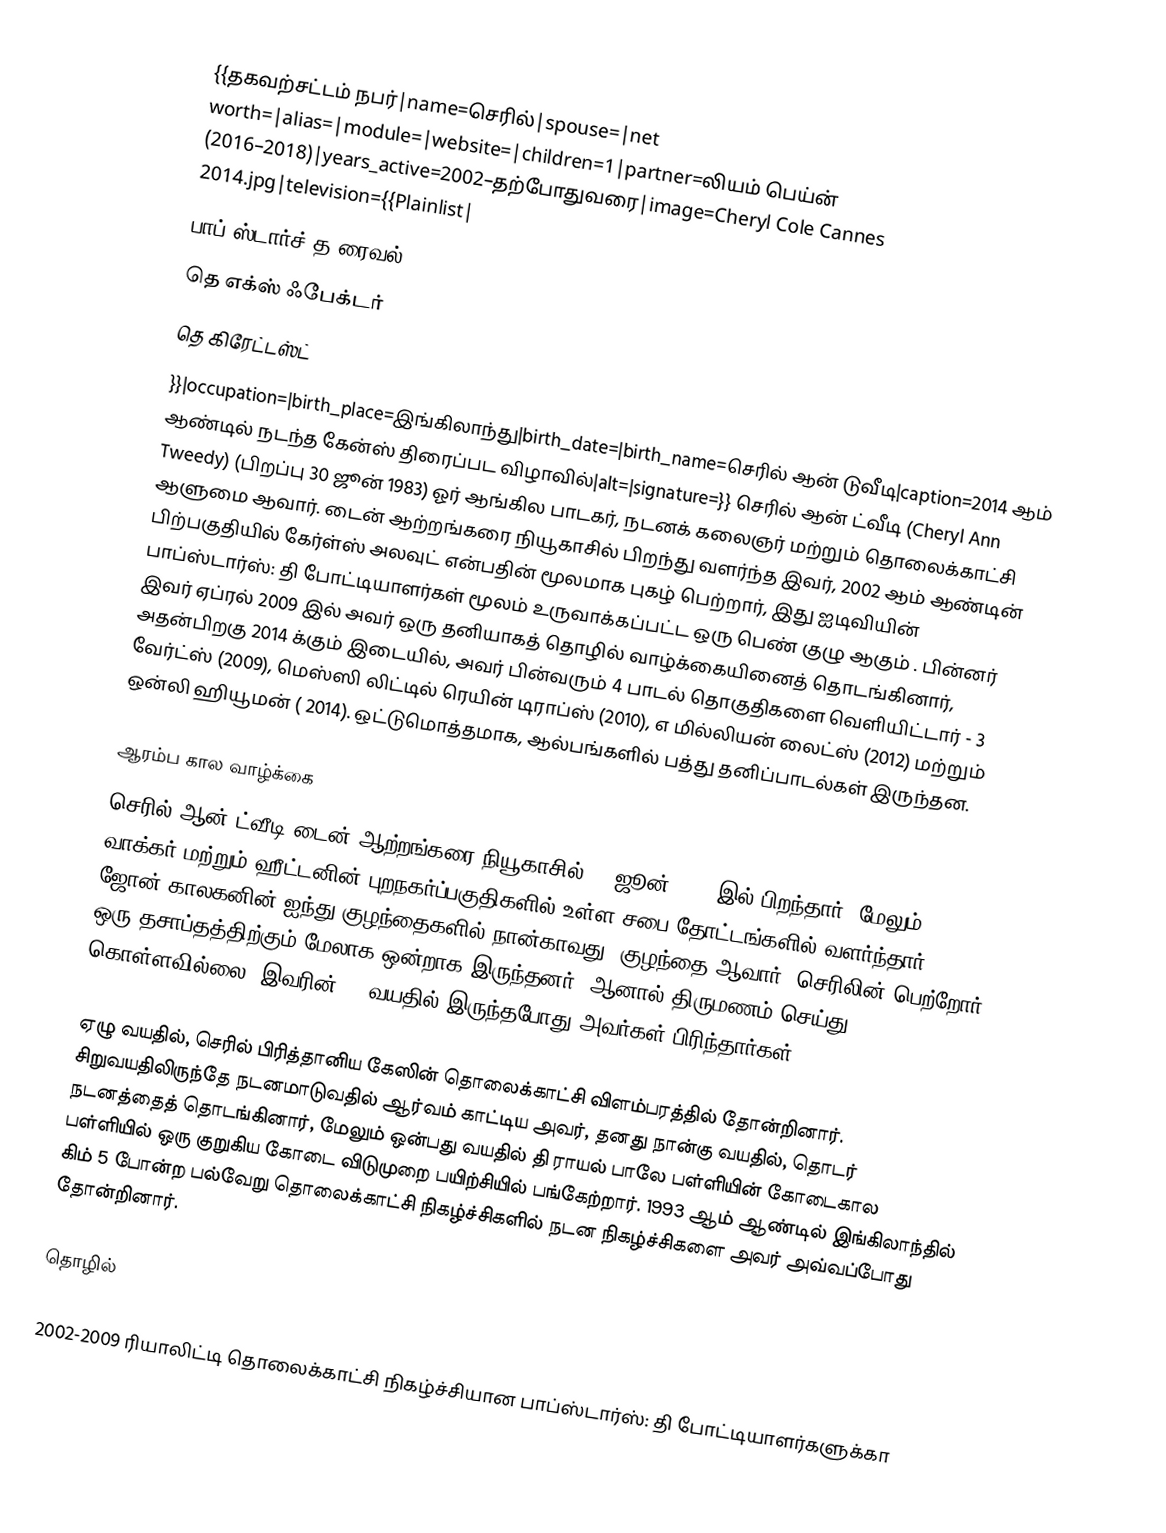
{{தகவற்சட்டம் நபர்|name=செரில்|spouse=|net worth=|alias=|module=|website=|children=1|partner=லியம் பெய்ன்  (2016–2018)|years_active=2002–தற்போதுவரை|image=Cheryl Cole Cannes 2014.jpg|television={{Plainlist|
 பாப் ஸ்டார்ச் த ரைவல்
 தெ எக்ஸ் ஃபேக்டர்
 தெ கிரேட்டஸ்ட்
}}|occupation=|birth_place=இங்கிலாந்து|birth_date=|birth_name=செரில் ஆன் டுவீடி|caption=2014 ஆம் ஆண்டில் நடந்த கேன்ஸ் திரைப்பட விழாவில்|alt=|signature=}} செரில் ஆன் ட்வீடி (Cheryl Ann Tweedy)  (பிறப்பு 30 ஜூன் 1983) ஓர் ஆங்கில பாடகர், நடனக் கலைஞர் மற்றும் தொலைக்காட்சி ஆளுமை ஆவார். டைன் ஆற்றங்கரை நியூகாசில் பிறந்து வளர்ந்த இவர், 2002 ஆம் ஆண்டின் பிற்பகுதியில் கேர்ள்ஸ் அலவுட் என்பதின் மூலமாக புகழ் பெற்றார், இது ஐடிவியின் பாப்ஸ்டார்ஸ்: தி போட்டியாளர்கள் மூலம் உருவாக்கப்பட்ட ஒரு பெண் குழு ஆகும் . பின்னர் இவர் ஏப்ரல் 2009 இல் அவர் ஒரு தனியாகத் தொழில் வாழ்க்கையினைத் தொடங்கினார், அதன்பிறகு 2014 க்கும் இடையில், அவர் பின்வரும் 4 பாடல் தொகுதிகளை வெளியிட்டார் - 3 வேர்ட்ஸ் (2009), மெஸ்ஸி லிட்டில் ரெயின் டிராப்ஸ் (2010), எ மில்லியன் லைட்ஸ் (2012) மற்றும் ஒன்லி ஹியூமன் ( 2014). ஒட்டுமொத்தமாக, ஆல்பங்களில் பத்து தனிப்பாடல்கள் இருந்தன.

 ஆரம்ப கால வாழ்க்கை
செரில் ஆன் ட்வீடி  டைன் ஆற்றங்கரை நியூகாசில் 30 ஜூன் 1983 இல் பிறந்தார், மேலும் வாக்கர்  மற்றும் ஹீட்டனின் புறநகர்ப்பகுதிகளில் உள்ள சபை தோட்டங்களில் வளர்ந்தார். ஜோன் காலகனின் ஐந்து குழந்தைகளில் நான்காவது, குழந்தை ஆவார். செரிலின் பெற்றோர் ஒரு தசாப்தத்திற்கும் மேலாக ஒன்றாக இருந்தனர், ஆனால் திருமணம் செய்து கொள்ளவில்லை; இவரின் 11 வயதில் இருந்தபோது அவர்கள் பிரிந்தார்கள்.

ஏழு வயதில், செரில் பிரித்தானிய கேஸின் தொலைக்காட்சி விளம்பரத்தில் தோன்றினார். சிறுவயதிலிருந்தே நடனமாடுவதில் ஆர்வம் காட்டிய அவர், தனது நான்கு வயதில், தொடர் நடனத்தைத் தொடங்கினார், மேலும் ஒன்பது வயதில் தி ராயல் பாலே பள்ளியின் கோடைகால பள்ளியில் ஒரு குறுகிய கோடை விடுமுறை பயிற்சியில் பங்கேற்றார். 1993 ஆம் ஆண்டில் இங்கிலாந்தில் கிம் 5 போன்ற பல்வேறு தொலைக்காட்சி நிகழ்ச்சிகளில் நடன நிகழ்ச்சிகளை அவர் அவ்வப்போது தோன்றினார்.

 தொழில்

 2002-2009 ரியாலிட்டி தொலைக்காட்சி நிகழ்ச்சியான பாப்ஸ்டார்ஸ்: தி போட்டியாளர்களுக்கா